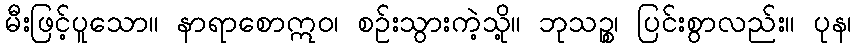
မီးဖြင့်ပူသော။ နာရာစောဣဝ၊ စဉ်းသွားကဲ့သို့။ ဘုသဉ္စ၊ ပြင်းစွာလည်း။ ပုန၊